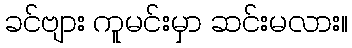
ခင်ဗျား ကူမင်းမှာ ဆင်းမလား။